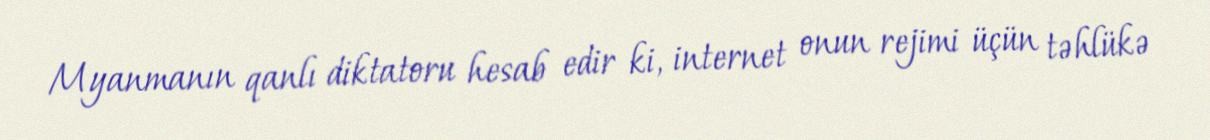
Myanmanın qanlı diktatoru hesab edir ki, internet onun rejimi üçün təhlükə